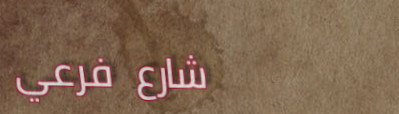
شارع فرعي